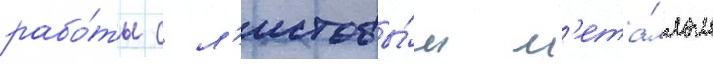
рабо́ты с л'истовы́м м'ета́ллом